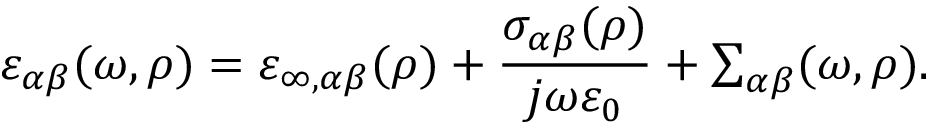
\varepsilon _ { \alpha \beta } ( \omega , \rho ) = \varepsilon _ { \infty , \alpha \beta } ( \rho ) + \frac { \sigma _ { \alpha \beta } ( \rho ) } { j \omega \varepsilon _ { 0 } } + { \textstyle \sum _ { { \alpha \beta } } } ( \omega , \rho ) .